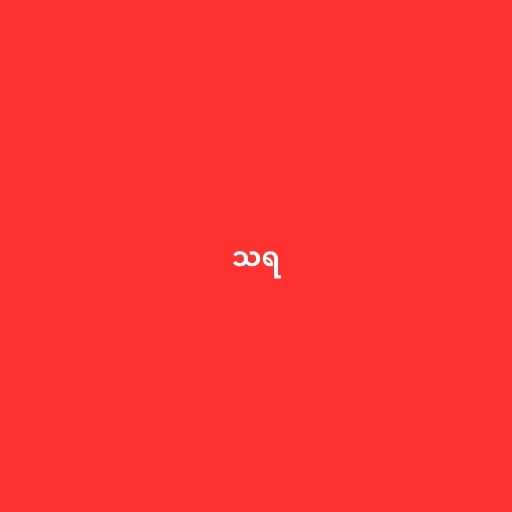
သရ